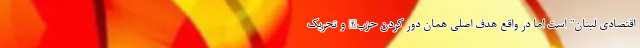
اقتصادی لبنان" است اما در واقع هدف اصلی همان دور کردن حزب‌الله و تحریک